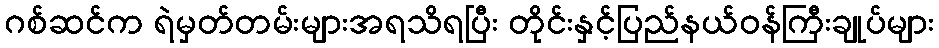
ဂစ်ဆင်က ရဲမှတ်တမ်းများအရသိရပြီး တိုင်းနှင့်ပြည်နယ်ဝန်ကြီးချုပ်များ